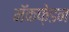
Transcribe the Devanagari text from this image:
मॅकफ़ेडन